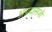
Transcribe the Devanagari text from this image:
अग्रदासजी